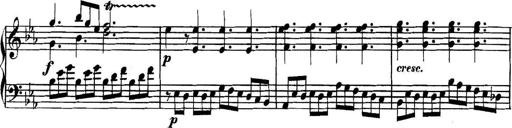
Title: Collected Piano Sonatas
Composer: Muzio Clementi